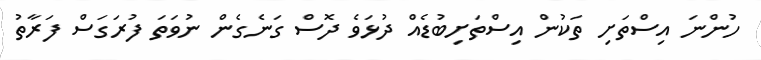
ހުންނަ އިސްތަށި ތަކުން އިސްތަށިބުޑެއް ދުޅަވެ ދޮސް ގަނެގެން ނުވަތަ ފުރަގަސް ފަރާތު